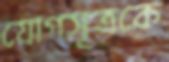
যোগসূত্রকে